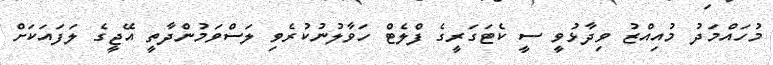
މުހައްމަދު މުއިއްޒު ވިދާޅުވީ ސީ ކެޓަގަރީގެ ފްލެޓް ހަވާލުނުކުރެވި ލަސްވަމުންދާތީ އޭޖީގެ ލަފައަކަށް